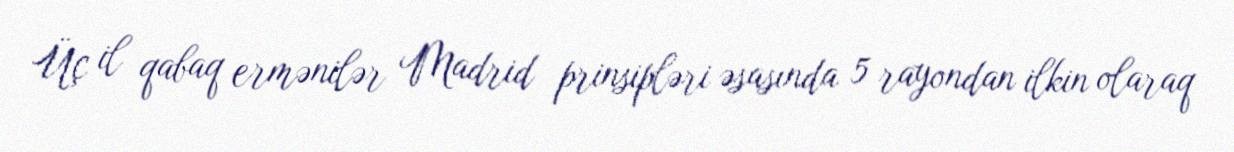
Üç il qabaq ermənilər Madrid prinsipləri əsasında 5 rayondan ilkin olaraq